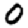
Digit: 0